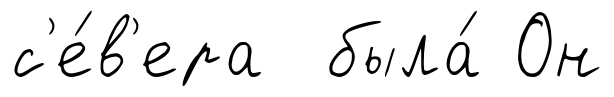
с'е́в'ера была́ Он